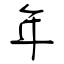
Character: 年